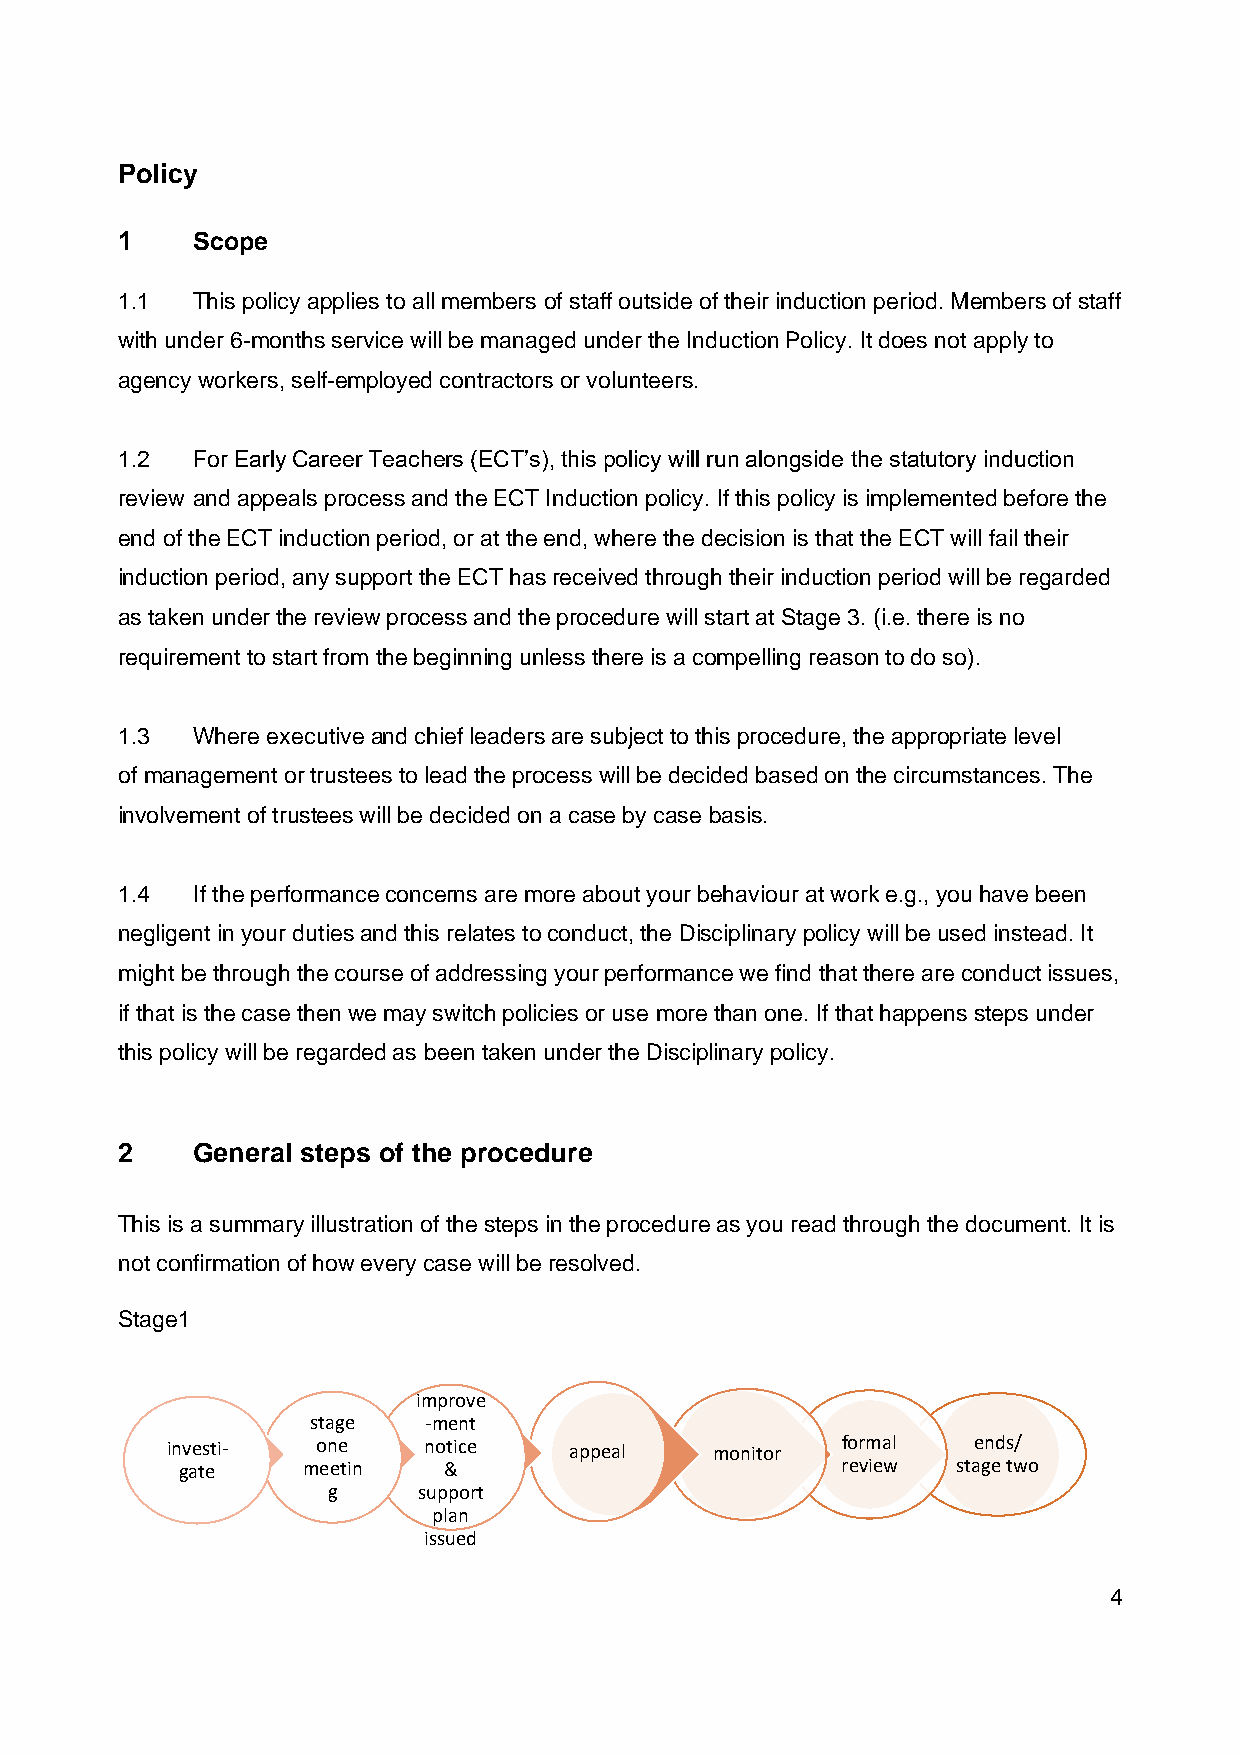
Policy
 1    Scope
 1.1  This policy applies to all members of staff outside of their induction period. Members of staff
 with under 6-months service will be managed under the Induction Policy. It does not apply to
 agency workers, self-employed contractors or volunteers.
 1.2  For Early Career Teachers (ECT’s), this policy will run alongside the statutory induction
 review and appeals process and the ECT Induction policy. If this policy is implemented before the
 end of the ECT induction period, or at the end, where the decision is that the ECT will fail their
 induction period, any support the ECT has received through their induction period will be regarded
 as taken under the review process and the procedure will start at Stage 3. (i.e. there is no
 requirement to start from the beginning unless there is a compelling reason to do so).
 1.3  Where executive and chief leaders are subject to this procedure, the appropriate level
 of management or trustees to lead the process will be decided based on the circumstances. The
 involvement of trustees will be decided on a case by case basis.
 1.4  If the performance concerns are more about your behaviour at work e.g., you have been
 negligent in your duties and this relates to conduct, the Disciplinary policy will be used instead. It
 might be through the course of addressing your performance we find that there are conduct issues,
 if that is the case then we may switch policies or use more than one. If that happens steps under
 this policy will be regarded as been taken under the Disciplinary policy.
 2    General steps of the procedure
 This is a summary illustration of the steps in the procedure as you read through the document. It is
 not confirmation of how every case will be resolved.
 Stage1
 improve
 stage  -ment
 investi-  one    notice    appeal   monitor  formal  ends/
 gate    meetin   &                          review stage two
 g     support
 plan
 issued
 4